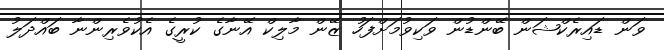
ވަން ޑައިރެކްޝަން ބޭންޑުން ވަކިވުމަށްފަހު ޒޭން މާލިކް އޭނާގެ ކުރީގެ އެކުވެރިންނާ ބައްދަލު